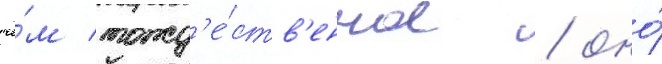
че́м тожд'е́ств'енное / оно́